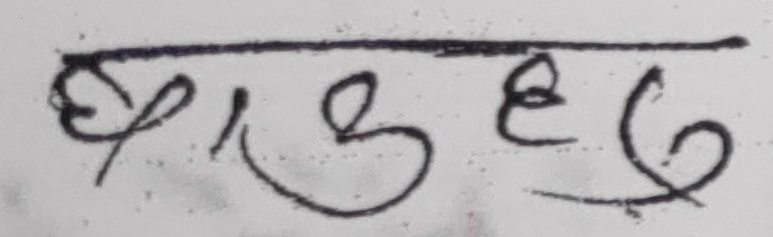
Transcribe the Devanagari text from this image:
छाडछ